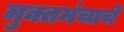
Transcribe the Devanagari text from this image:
मुक्तमंचाचे